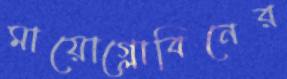
মায়োগ্লোবিনের